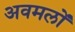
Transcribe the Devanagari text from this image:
अवमलों